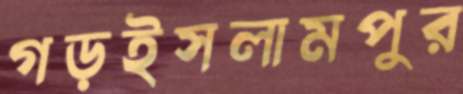
গড়ইসলামপুর